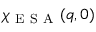
\chi _ { \mathrm { ~ E ~ S ~ A ~ } } ( q , 0 )